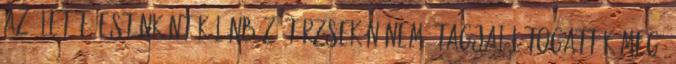
az életét. Esténként különböző törzsek nőnemű tagjai látogatták meg,